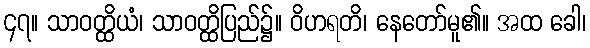
၄၇။ သာဝတ္ထိယံ၊ သာဝတ္ထိပြည်၌။ ဝိဟရတိ၊ နေတော်မူ၏။ အထ ခေါ၊